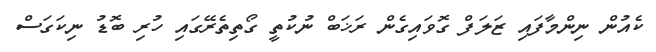
ކެއުން ނިންމާފައި ޒަލަފް ގޮވައިގެން ރަޚަބް ނުކުތީ ގޯތިތެރޭގައި ހުރި ބޮޑު ނިކަގަސް